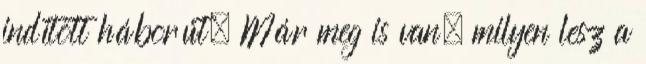
indított háborút. Már meg is van, milyen lesz a